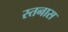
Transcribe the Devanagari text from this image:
स्तनास